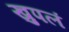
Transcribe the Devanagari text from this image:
खुपलं